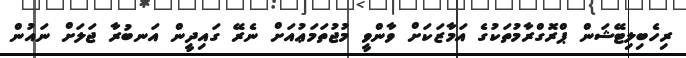
ރިހެބިލިޓޭޝަން ޕްރޮގްރާމުތަކުގެ އަމާޒަކަށް ވާންވީ މުޖުތަމަޢުއަށް ނެރޭ ގައިދީން އަނބުރާ ޖަލަށް ނައުން